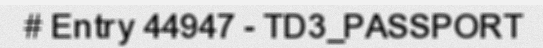
# Entry 44947 - TD3_PASSPORT